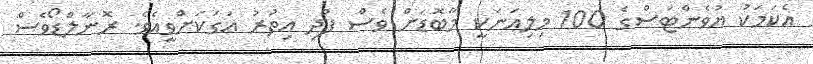
އެކަމަކު ޔުވެންޓަސްގެ 100 މިލިއަނަކީ މާބޮޑަށް ވެސް ފުދި އިތުރު އަގަކަށްވީއެވެ. ރޮނާލްޑޯވެސް